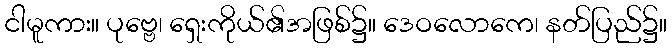
ငါမူကား။ ပုဗ္ဗေ၊ ရှေးကိုယ်၏အဖြစ်၌။ ဒေဝလောကေ၊ နတ်ပြည်၌။